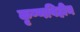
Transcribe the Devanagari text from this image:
कृष्णविहीन